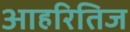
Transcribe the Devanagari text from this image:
आहरितिज